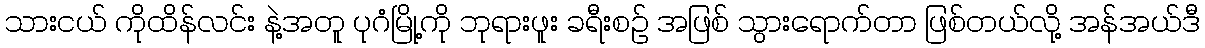
သားငယ် ကိုထိန်လင်း နဲ့အတူ ပုဂံမြို့ကို ဘုရားဖူး ခရီးစဉ် အဖြစ် သွားရောက်တာ ဖြစ်တယ်လို့ အန်အယ်ဒီ